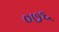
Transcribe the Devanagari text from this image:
०७६